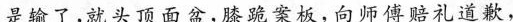
是输了，就头顶面盒，案板，向师傅赔礼道歉，